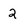
Character: 2